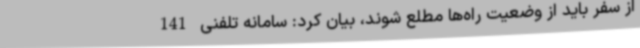
از سفر باید از وضعیت راه‌ها مطلع شوند، بیان کرد: سامانه تلفنی 141